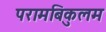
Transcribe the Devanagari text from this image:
परामबिकुलम